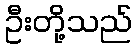
ဦးတို့သည်